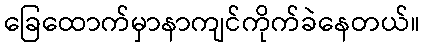
ခြေထောက်မှာနာကျင်ကိုက်ခဲနေတယ်။